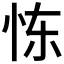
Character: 𫹼